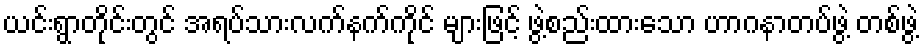
ယင်းရွာတိုင်းတွင် အရပ်သားလက်နက်ကိုင် များဖြင့် ဖွဲ့စည်းထားသော ဟာဂနာတပ်ဖွဲ့ တစ်ဖွဲ့